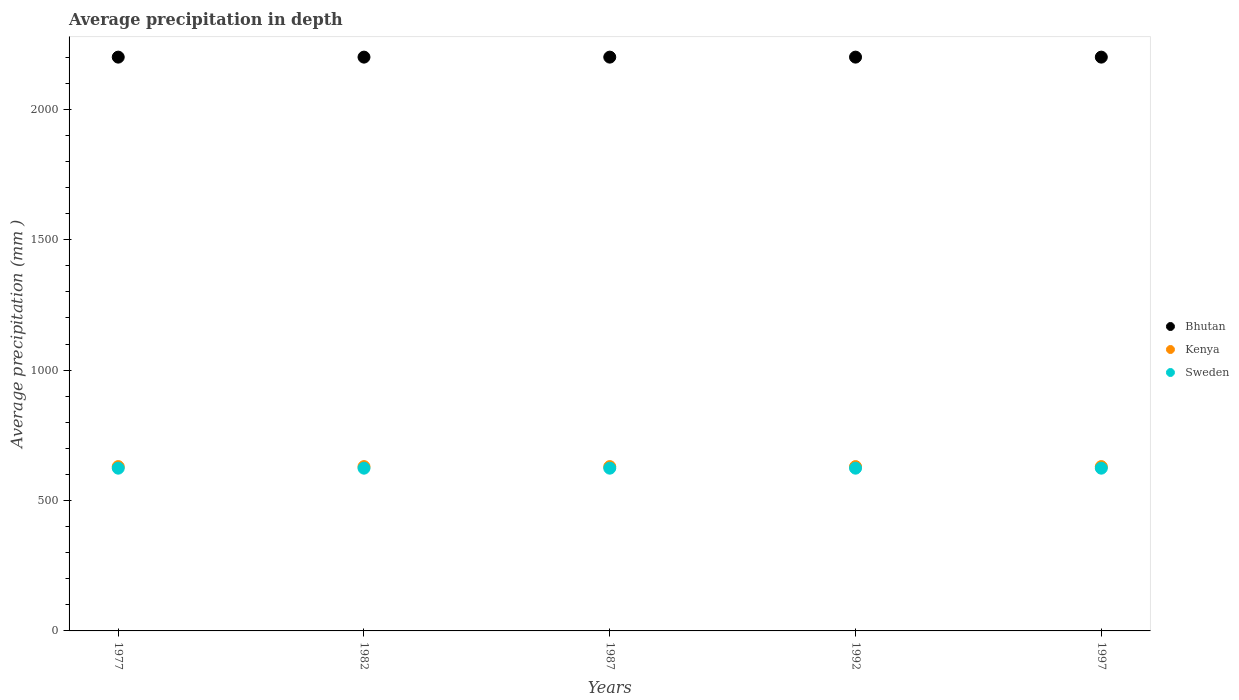
| Years | Bhutan | Kenya | Sweden |
 | --- | --- | --- | --- |
 | 1977 | 2.2e+03 | 630 | 624 |
 | 1982 | 2.2e+03 | 630 | 624 |
 | 1987 | 2.2e+03 | 630 | 624 |
 | 1992 | 2.2e+03 | 630 | 624 |
 | 1997 | 2.2e+03 | 630 | 624 |